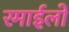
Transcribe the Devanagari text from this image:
रमाईलो